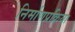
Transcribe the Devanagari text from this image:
निर्माणप्रक्रिया